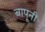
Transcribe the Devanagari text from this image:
बापूनी